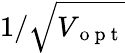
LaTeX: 1/\sqrt{V_{\mathrm{~o~p~t~}}}